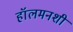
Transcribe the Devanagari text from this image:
हॉलमनशी